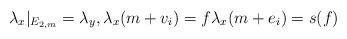
LaTeX: \begin{align*}\lambda_x |_{E_{2,m}} = \lambda_y, \lambda_x(m+v_i) = f \lambda_x(m+e_i)=s(f)\end{align*}